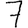
Digit: 7